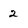
Character: 2